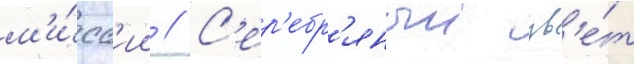
м'и́сс'ии // С'ер'ебр'яныи цв'е́т